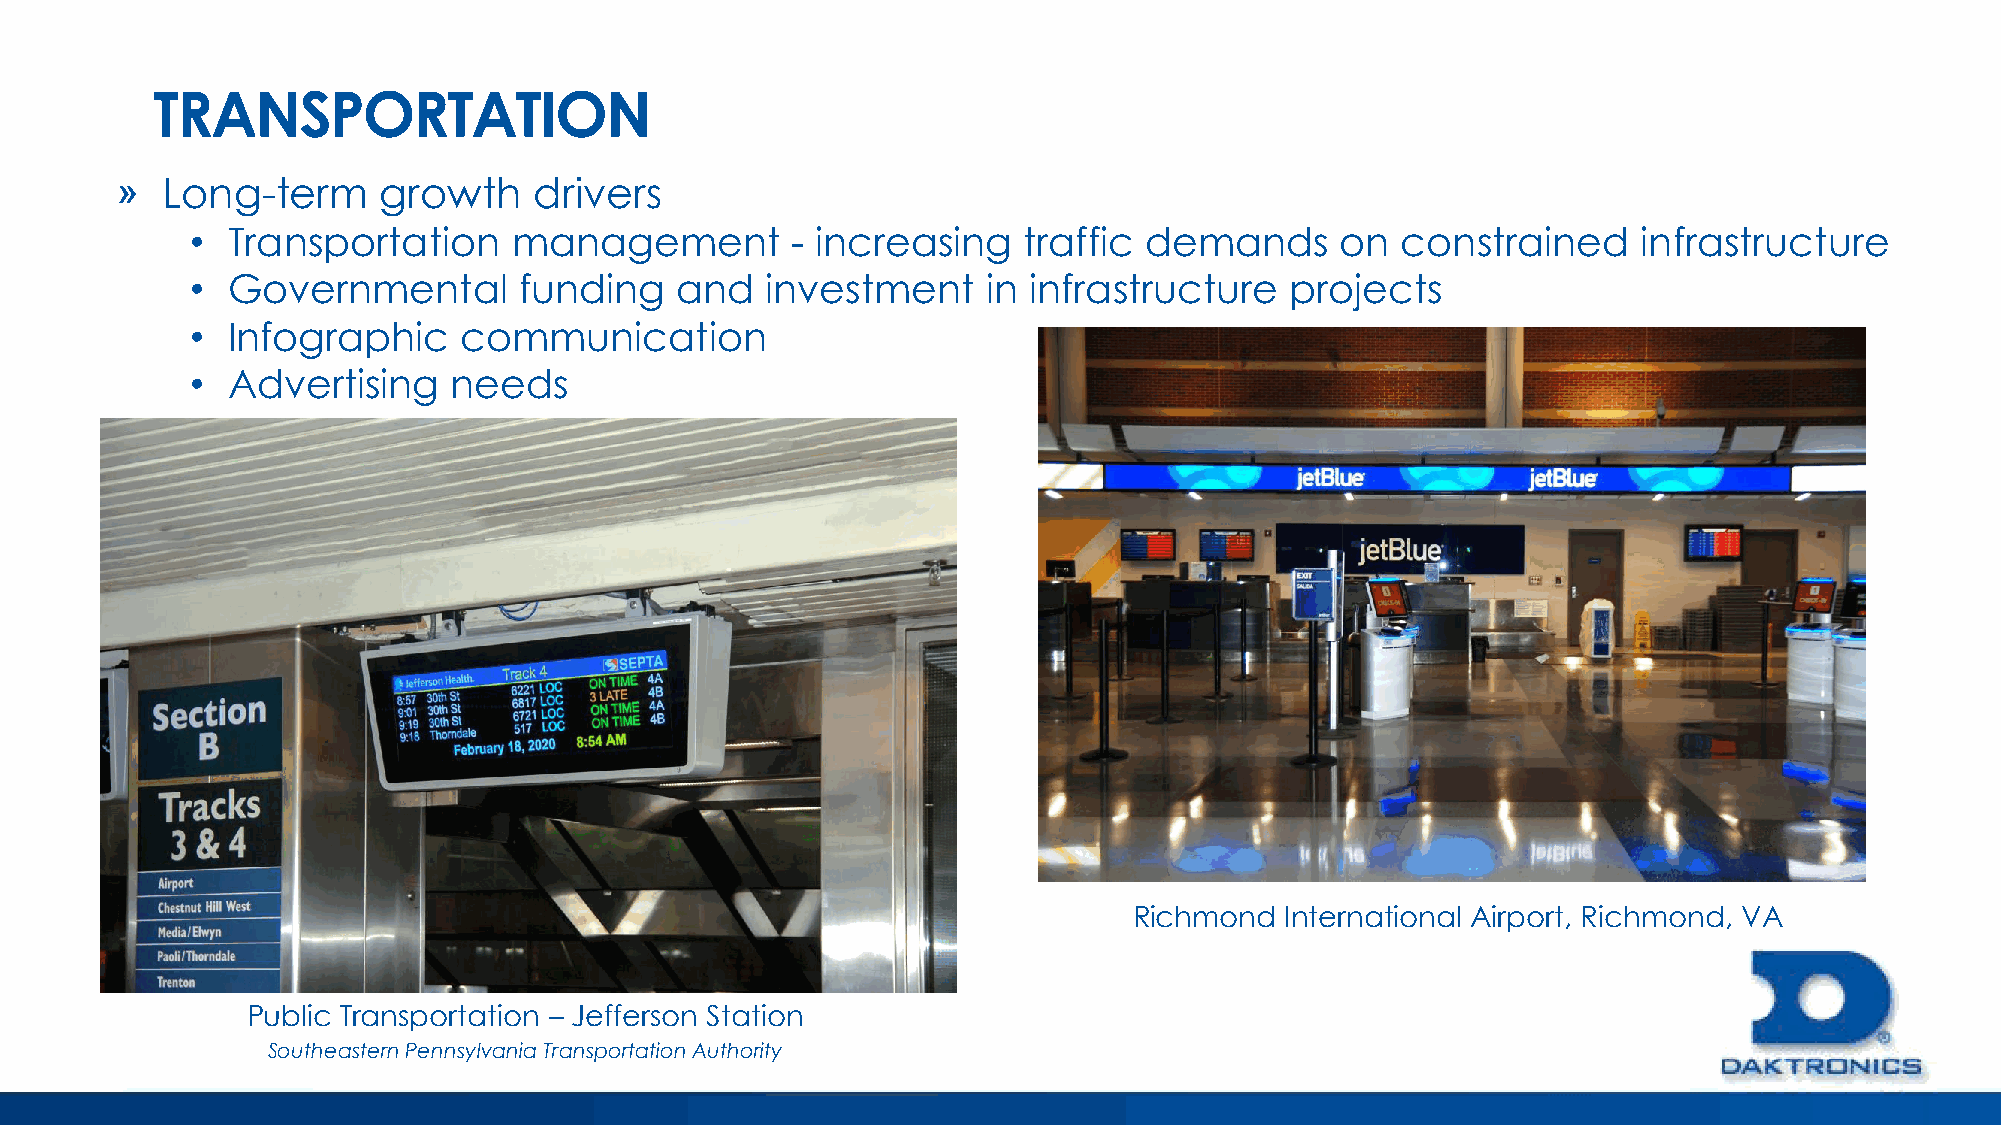
TRANSPORTATION
 »  Long-term     growth    drivers
 • Transportation     management        - increasing    traffic demands      on  constrained     infrastructure
 • Governmental       funding    and   investment    in infrastructure   projects
 • Infographic    communication
 • Advertising    needs
 Richmond  International Airport, Richmond, VA
 Public Transportation – Jefferson Station
 Southeastern Pennsylvania Transportation Authority